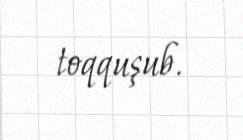
toqquşub.